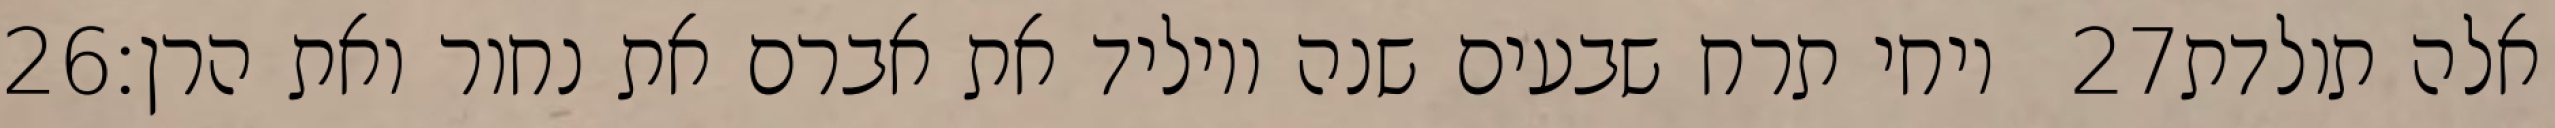
‎26‏ ויחי תרח שבעים שנה ויוליד את אברם את נחור ואת הרן׃ ‎27‏ אלה תולדת